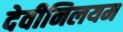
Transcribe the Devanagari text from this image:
देवीनिलयम